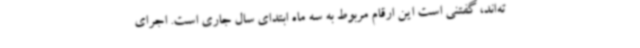
ته‌اند، گفتنی است این ارقام مربوط به سه ماه ابتدای سال جاری است. اجرای